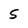
Character: 5